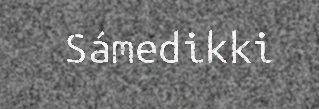
Sámedikki